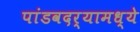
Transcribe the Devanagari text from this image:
पांडवदर्‍यामध्ये